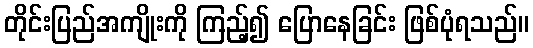
တိုင်းပြည်အကျိုးကို ကြည့်၍ ပြောနေခြင်း ဖြစ်ပုံရသည်။